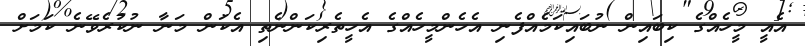
އެއީ މީހެއްގެ ކިބައިން ނުބައިކަމެއްފެނި އެހެންމީހެއްގެ އެހީތެރިކަންނެތި އެކަން މަނާ ނުކުރެވޭނެ ކަމަށް